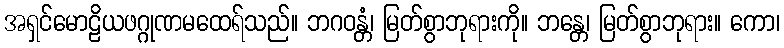
အရှင်မောဠိယဖဂ္ဂုဏမထေရ်သည်။ ဘဂဝန္တံ၊ မြတ်စွာဘုရားကို။ ဘန္တေ၊ မြတ်စွာဘုရား။ ကော၊